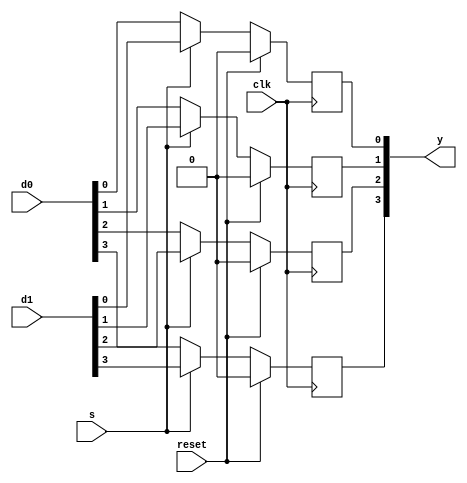
/* Generated by Yosys 0.9+4239 (open-tool-forge build) (git sha1 10bcc4e1, gcc 9.3.0-17ubuntu1~20.04 -Os) */

(* dynports =  1  *)
(* top =  1  *)
(* src = "example_design.v:1.1-12.10" *)
module example_design(y, d0, d1, s, reset, clk);
  (* src = "example_design.v:9.13-9.20" *)
  wire _00_;
  (* src = "example_design.v:9.13-9.20" *)
  wire _01_;
  (* src = "example_design.v:9.13-9.20" *)
  wire _02_;
  (* src = "example_design.v:9.13-9.20" *)
  wire _03_;
  (* src = "example_design.v:4.21-4.24" *)
  input clk;
  (* src = "example_design.v:3.34-3.36" *)
  input [3:0] d0;
  (* src = "example_design.v:3.38-3.40" *)
  input [3:0] d1;
  (* src = "example_design.v:4.14-4.19" *)
  input reset;
  (* src = "example_design.v:4.11-4.12" *)
  input s;
  (* src = "example_design.v:2.39-2.40" *)
  output [3:0] y;
  reg [3:0] y;
  assign _00_ = s ? d1[0] : d0[0];
  assign _01_ = s ? d1[1] : d0[1];
  assign _02_ = s ? d1[2] : d0[2];
  assign _03_ = s ? d1[3] : d0[3];
  (* src = "example_design.v:6.2-10.5" *)
  always @(posedge clk)
    if (reset) y[0] <= 1'h0;
    else y[0] <= _00_;
  (* src = "example_design.v:6.2-10.5" *)
  always @(posedge clk)
    if (reset) y[1] <= 1'h0;
    else y[1] <= _01_;
  (* src = "example_design.v:6.2-10.5" *)
  always @(posedge clk)
    if (reset) y[2] <= 1'h0;
    else y[2] <= _02_;
  (* src = "example_design.v:6.2-10.5" *)
  always @(posedge clk)
    if (reset) y[3] <= 1'h0;
    else y[3] <= _03_;
endmodule